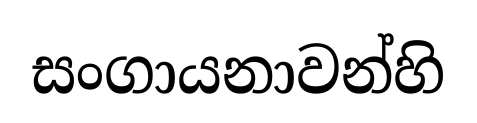
සංගායනාවන්හි